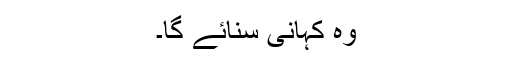
وہ کہانی سنائے گا۔